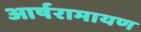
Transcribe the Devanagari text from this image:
आर्षरामायण